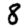
Digit: 8